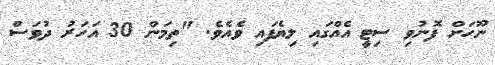
ނޫހަށް ފޮނުވި ސިޓީ އެއްގައި ލިޔެފައި ވެއެވެ. "ތިމަން 30 އަހަރު ދުވަސް